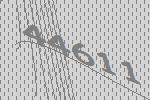
44611